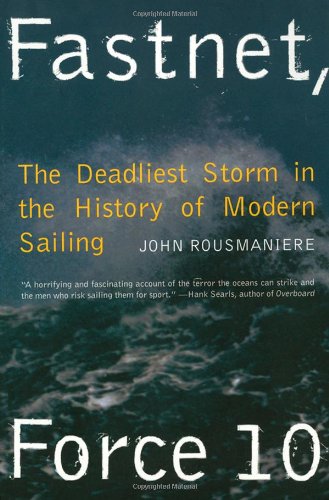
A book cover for Fastnet, Force 10: The Deadliest Storm in the History of Modern Sailing; John Rousmaniere; Sports & Outdoors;